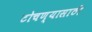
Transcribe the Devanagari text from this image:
टोचण्यासाठी